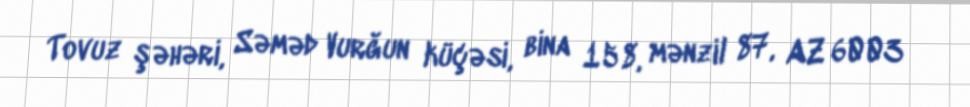
Tovuz şəhəri, Səməd Vurğun küçəsi, bina 158, mənzil 87, AZ 6003